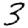
Digit: 3